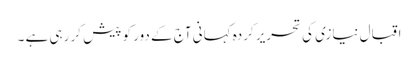
اقبال نیازی کی تحریر کردہ کہانی آج کے دور کو پیش کر رہی ہے ۔